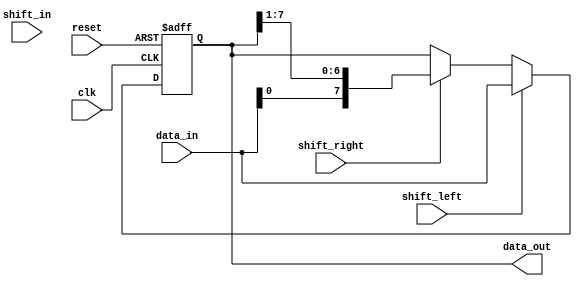
module shift_register (
  input wire clk,
  input wire reset,
  input wire shift_in,
  input wire shift_left,
  input wire shift_right,
  input wire [N-1:0] data_in,
  output wire [N-1:0] data_out
);

parameter N = 8; // Number of bits in the shift register

reg [N-1:0] register;

always @(posedge clk or posedge reset) begin
  if (reset) begin
    register <= 0;
  end else begin
    if (shift_left) begin
      register <= {register[N-2:0], data_in};
    end else if (shift_right) begin
      register <= {data_in, register[N-1:1]};
    end else begin
      register <= register;
    end
  end
end

assign data_out = register;

endmodule